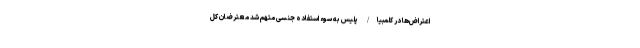
اعتراض‌ها در کلمبیا/ پلیس به سوء‌ استفاده جنسی متهم شد معترضان کل